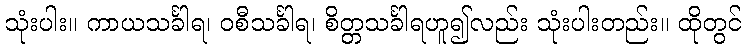
သုံးပါး။ ကာယသင်္ခါရ၊ ဝစီသင်္ခါရ၊ စိတ္တသင်္ခါရဟူ၍လည်း သုံးပါးတည်း။ ထိုတွင်